Martna_vallavalitsus, lk 3
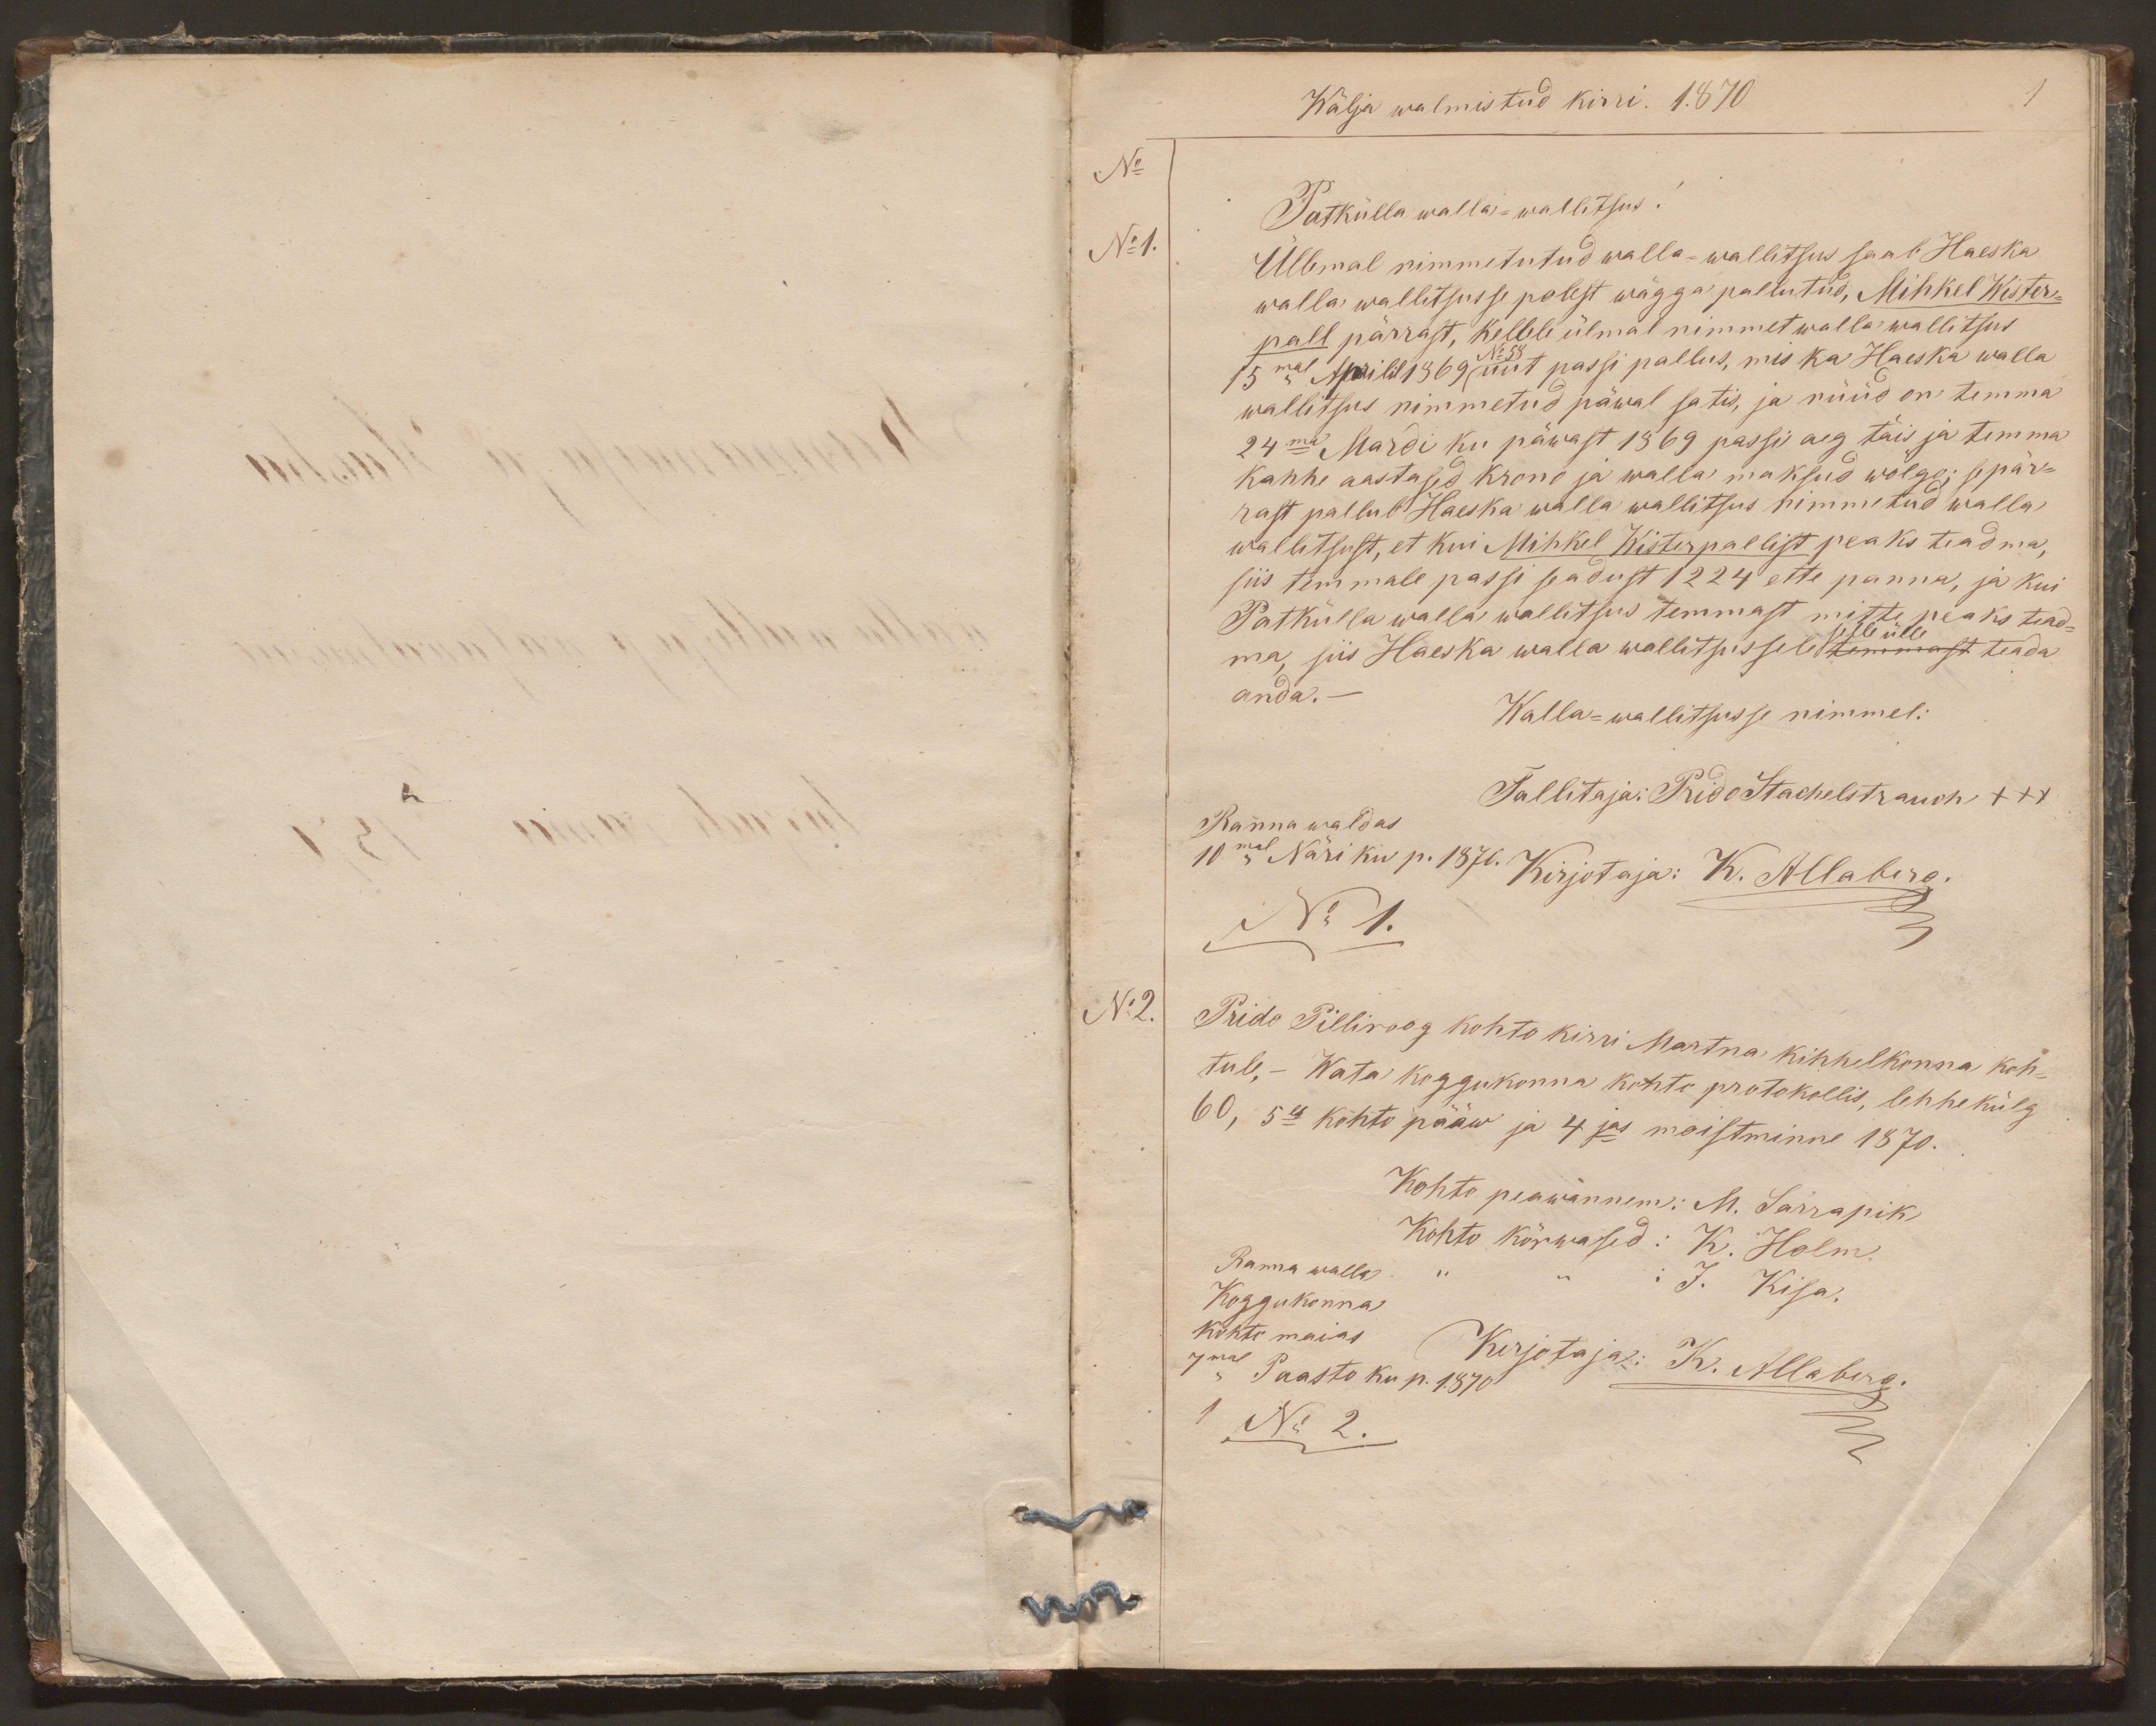
Wälja walmistud kirri. 1870
1
No
Patkülla walla-wallitsus!
No 1.
Üllemal nimmetutud walla-wallitsus saab Haeska
walla wallitsusse polest wägga pallutud, Mihkel Wister-
pall pärrast, kellele ülmal nimmet walla wallitsus
15mal Aprilil 1869 No 58 uut passi pallus, mis ka Haeska walla
wallitsus nimmetud päwal satis, ja nüüd on temma
24ma Mardi ku päwast 1869 passi aeg täis ja temma
kahhe aastased krono ja walla maksud wõlgo; sepär-
rast pallub Haeska walla wallitsus nimmetud walla
wallitsust, et kui Mihkel Wisterpallist peaks teadma,
siis temmale passi seadust 1224 ette panna, ja kui
Patkülla walla wallitsus temmast mitte peaks tead-
selle ülle
ma, siis Haeska walla wallitsussele temmast teada
anda. -
Walla-wallitsusse nimmel:
Ranna waldas
Tallitaja: Prido Stachelstrauch +++
10mal Näri ku p. 1870. Kirjotaja: K. Allaberg.
No 1.
No 2.
Prido Pilliroog kohto kirri Martna kihhelkonna koh-
tule. - Wata koggukonna kohto protokollis, lehhekülg
60, 5es kohto pääw ja 4jas moistminne 1870.
Kohto peawannem: M. Sarrapik
Ranna wallas
Kohto kõrwased: K. Holm.
Koggukonna
J. Kisa.
Kohto maias
7mal Paasto ku p. 1870
Kirjotaja: K. Allaberg.
1 No 2.